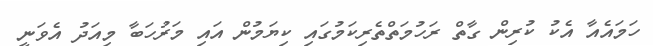
ހަމައެއާ އެކު ކުރިން ގާތް ރަހުމަތްތެރިކަމުގައި ކިޔަމުން އައި މަރުހަބާ މިއަދު އެވަނީ